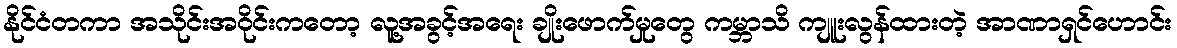
နိုင်ငံတကာ အသိုင်းအဝိုင်းကတော့ လူ့အခွင့်အရေး ချိုးဖောက်မှုတွေ ကမ္ဘာသိ ကျူးလွန်ထားတဲ့ အာဏာရှင်ဟောင်း